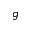
g